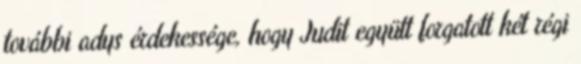
további adys érdekessége, hogy Judit együtt forgatott két régi